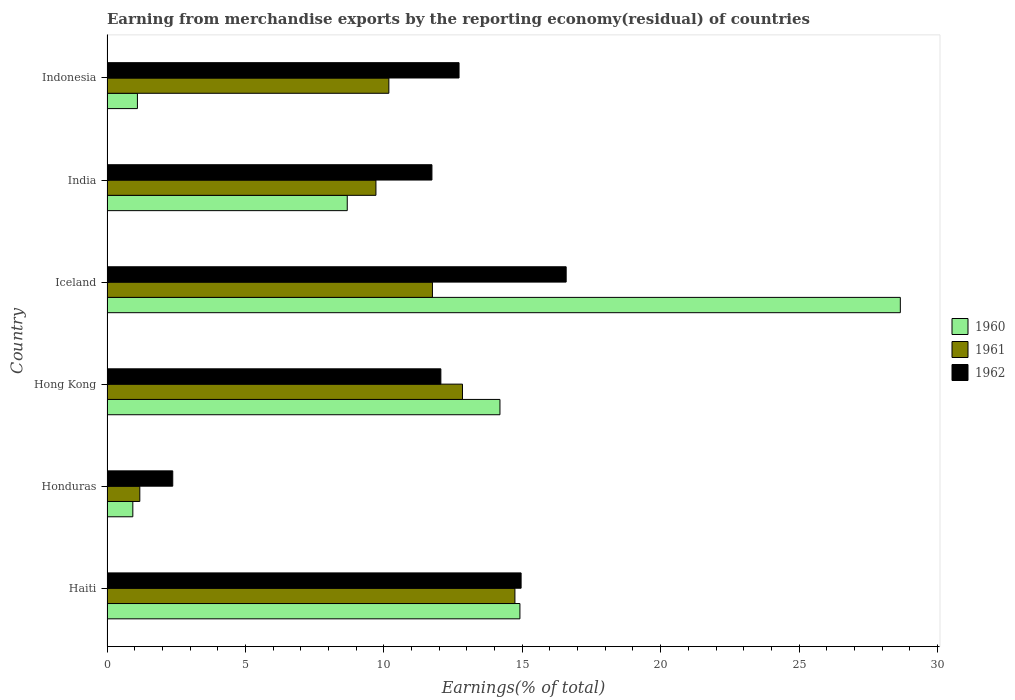
| Country | 1960 | 1961 | 1962 |
 | --- | --- | --- | --- |
 | Haiti | 14.9 | 14.7 | 15 |
 | Honduras | 0.933 | 1.19 | 2.38 |
 | Hong Kong | 14.2 | 12.8 | 12.1 |
 | Iceland | 28.7 | 11.8 | 16.6 |
 | India | 8.68 | 9.71 | 11.7 |
 | Indonesia | 1.1 | 10.2 | 12.7 |